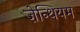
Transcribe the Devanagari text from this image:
ज़ेन्थियम